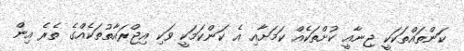
ކަންތައްތަކަކީ ޖިނާއީ ކުށްތަކެއް ކަމަށާއި އެ ކަންކަމަކީ ވަކި އިޖްރައާތުތަކެއްގެ ތެރެ އިން